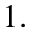
1 .